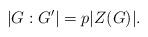
LaTeX: \begin{align*}|G:G'|=p|Z(G)|. \end{align*}